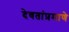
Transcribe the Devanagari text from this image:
देवतांप्रमाणे